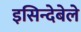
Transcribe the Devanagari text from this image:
इसिन्देबेले